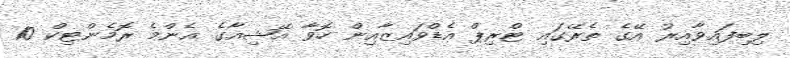
ލިބިފައިވާއިރު އޭގެ ތެރޭގައި ޓްރިޕް އެޑްވައިޒާއިން ހޮވާ އޭޝިއާގެ އެންމެ ރޮމެންޓިކް 10